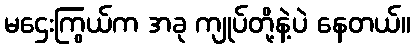
မဌေးကြွယ်က အခု ကျုပ်တို့နဲ့ပဲ နေတယ်။